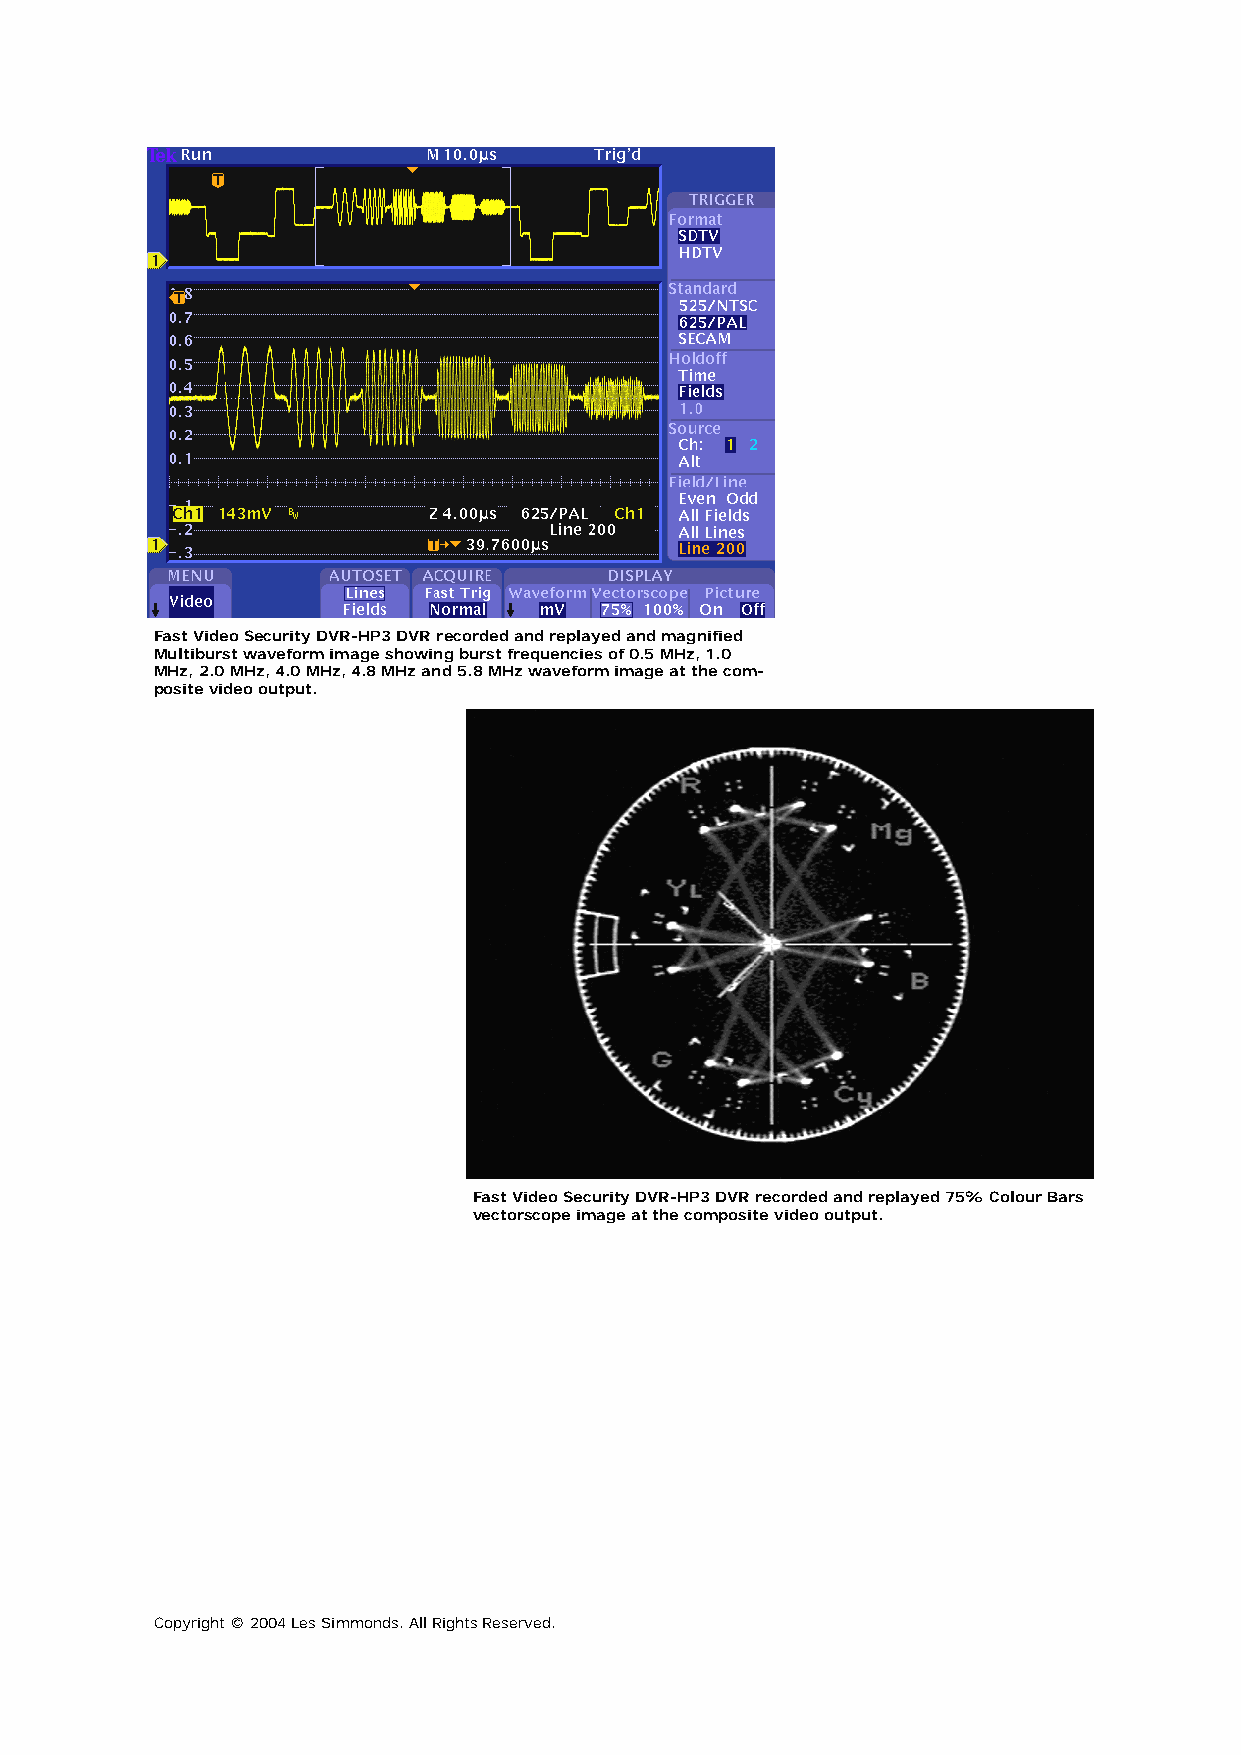
Fast Video Security DVR-HP3 DVR recorded and replayed and magnified
 Multiburst waveform image showing burst frequencies of 0.5 MHz, 1.0
 MHz, 2.0 MHz, 4.0 MHz, 4.8 MHz and 5.8 MHz waveform image at the com-
 posite video output.
 Fast Video Security DVR-HP3 DVR recorded and replayed 75% Colour Bars
 vectorscope image at the composite video output.
 Copyright © 2004 Les Simmonds. All Rights Reserved.